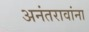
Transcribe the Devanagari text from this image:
अनंतरावांना